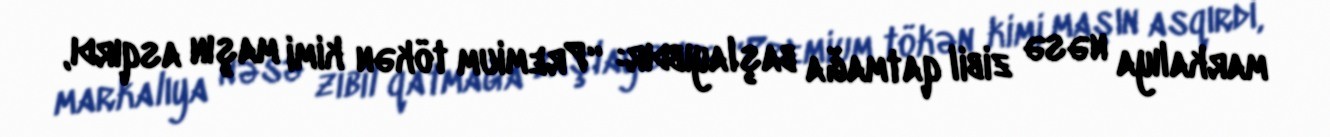
markalıya nəsə zibil qatmağa başlayıbdır: “Premium tökən kimi maşın asqırdı,